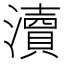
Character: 瀆